Vaccination in Bombay 1924-1928 - 1924-1928
Year: 1924
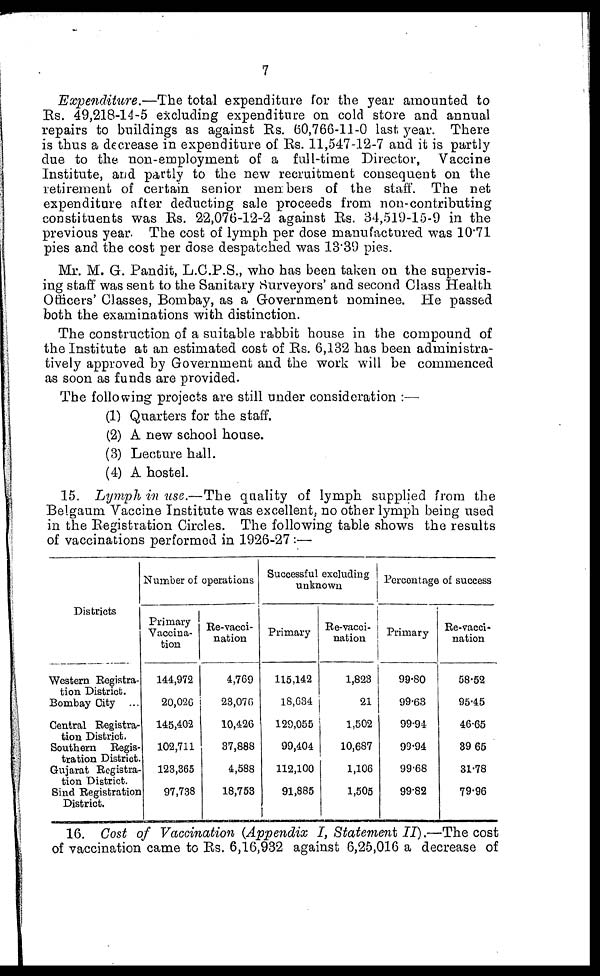
7
Expenditure.—The total expenditure for the year amounted to
Rs. 49,218-14-5 excluding expenditure on cold store and annual
repairs to buildings as against Rs. 60,766-11-0 last year. There
is thus a decrease in expenditure of Rs. 11,547-12-7 and it is partly
due to the non-employment of a full-time Director, Vaccine
Institute, and partly to the new recruitment consequent on the
retirement of certain senior members of the staff. The net
expenditure after deducting sale proceeds from non-contributing
constituents was Rs. 22,076-12-2 against Rs. 34,519-15-9 in the
previous year. The cost of lymph per dose manufactured was 10.71
pies and the cost per dose despatched was 13.39 pies.
Mr. M. G. Pandit, L.C.P.S., who has been taken on the supervis-
ing staff was sent to the Sanitary Surveyors' and second Class Health
Officers' Classes, Bombay, as a Government nominee. He passed
both the examinations with distinction.
The construction of a suitable rabbit house in the compound of
the Institute at an estimated cost of Rs. 6,132 has been administra-
tively approved by Government and the work will be commenced
as soon as funds are provided.
The following projects are still under consideration :—
(1) Quarters for the staff.
(2) A new school house.
(3) Lecture hall.
(4) A hostel.
15. Lymph in use.—The quality of lymph supplied from the
Belgaum Vaccine Institute was excellent, no other lymph being used
in the Registration Circles. The following table shows the results
of vaccinations performed in 1926-27 :—
Districts
Western Registra-
tion District.
Bombay City ...
Central Registra-
tion District.
Southern Regis-
tration District.
Gujarat Registra-
tion District.
Bind Registration
District.
Number of operations
Primary
Vaccina-
tion
144,972
20,026
145,402
102,711
123,365
97,738
Re-vacci-
nation
4,769
23,076
10,426
37,888
4,588
18,753
Successful excluding
unknown
Primary
115,142
18,634
129,055
99,404
112,100
91,885
Re-vacci-
nation
1,823
21
1,502
10,687
1,106
1,505
Percentage of success
Primary
99.80
99.63
99.94
99.94
99.68
99.82
Re-vacci-
nation
58.52
95.45
46.65
39 65
31.78
79.96
16. Cost of Vaccination (Appendix I, Statement II).—The cost
of vaccination came to Rs. 6,16,932 against 6,25,016 a decrease of